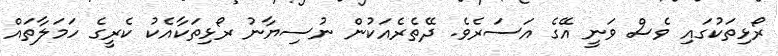
ރޯޅިތަކުގައި ވެސް ވަނީ އޭގެ އަސަރެވެ. ދޭތެރެއަކުން ނުސިޔާނު ރޯޅިތަކާއެކު ކެރީގެ ހަމަލާތައް